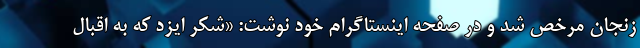
زنجان مرخص شد و در صفحه اینستاگرام خود نوشت: «شکر ایزد که به اقبال